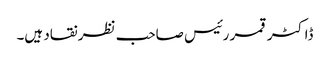
ڈاکٹر قمر رئیس صاحب نظر نقاد ہیں۔